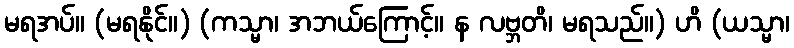
မရအပ်။ (မရနိုင်။) (ကသ္မာ၊ အဘယ်ကြောင့်။ န လဗ္ဘတိ၊ မရသည်။) ဟိ (ယသ္မာ၊